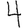
Digit: 4